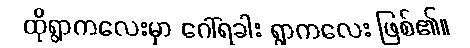
ထိုရွာကလေးမှာ ဂေါ်ရခါး ရွာကလေး ဖြစ်၏။